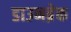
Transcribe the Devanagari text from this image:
डाउनब्रेक